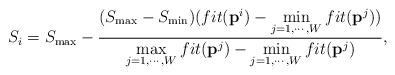
LaTeX: \begin{align*}{S_{i}} = {S_{\max} - \frac{(S_{\max} - S_{\min}){(fit({{\textbf{p}}}^i) - \mathop {\min }\limits_{j = 1, \cdots ,W}fit({\textbf{p}}^j))}}{{\mathop {\max }\limits_{j = 1, \cdots ,W}fit({\textbf{p}}^j) - \mathop {\min }\limits_{j = 1, \cdots ,W}fit({\textbf{p}}^j)}}} ,\end{align*}